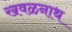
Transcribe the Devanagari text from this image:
खवळनाथ